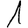
Digit: 1